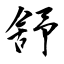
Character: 舒